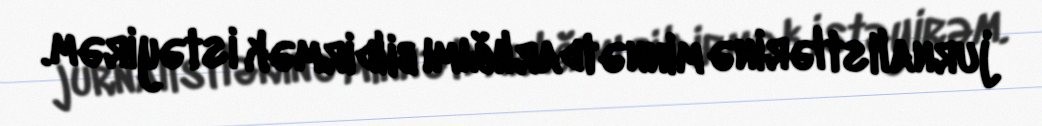
jurnalistlərinə minnətdarlığımı bildirmək istəyirəm.